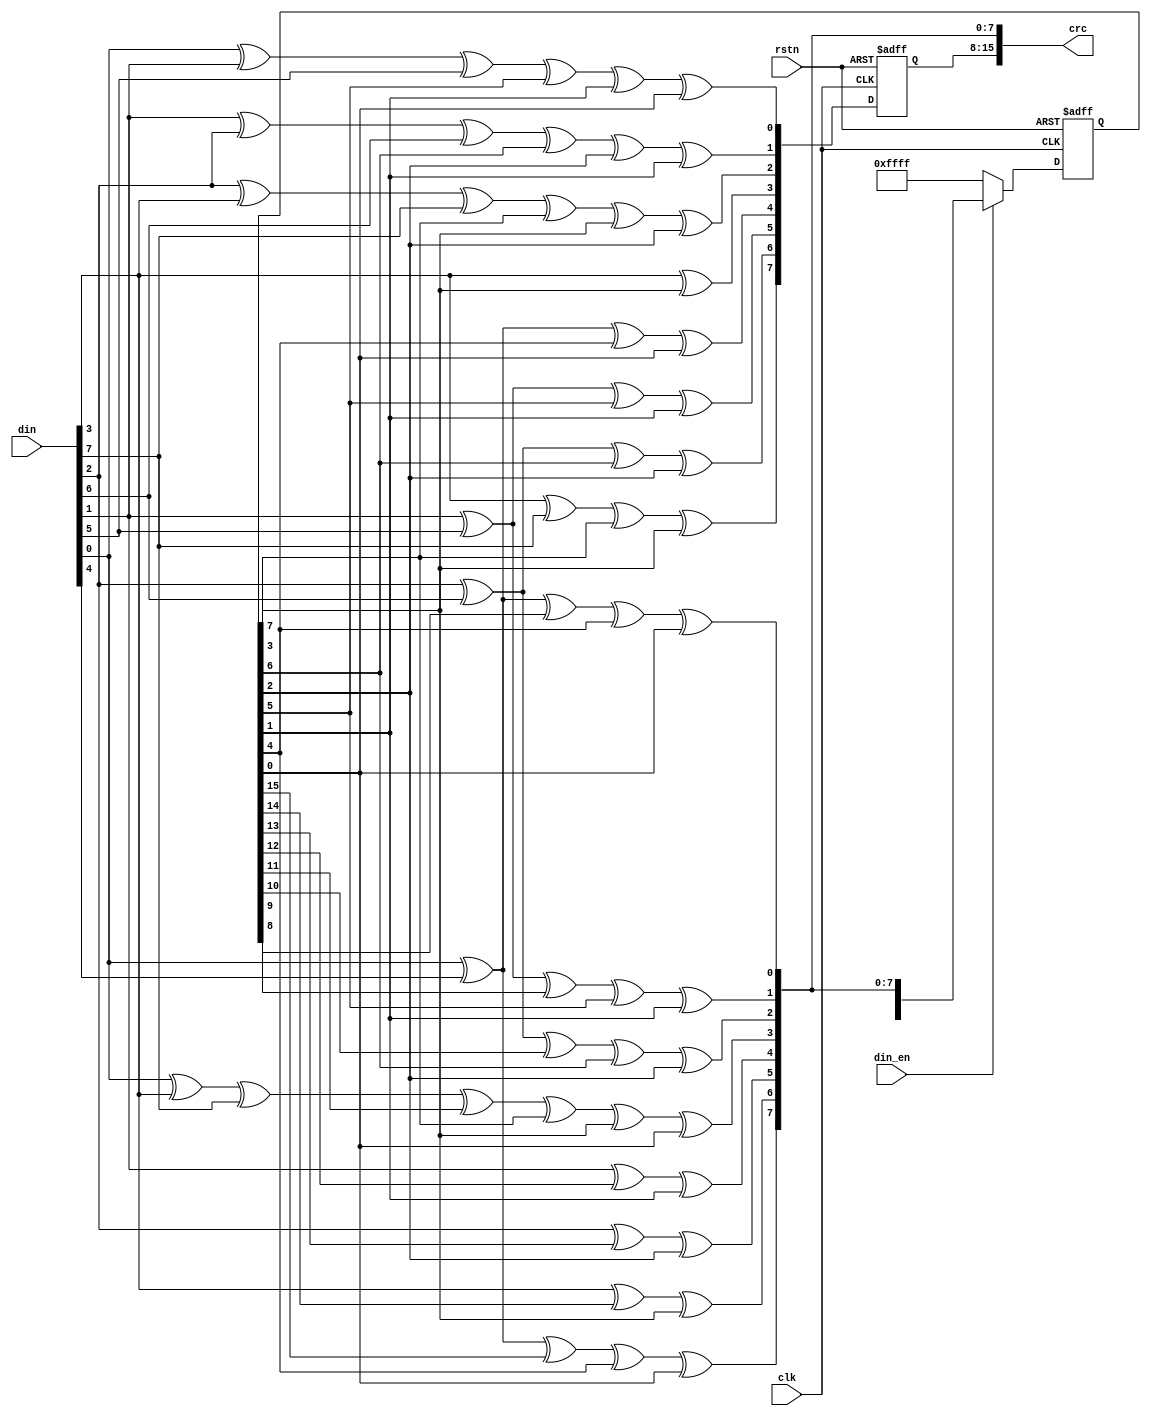
//=============================================================================
// Copyright(c) 2016 Lattice Semiconductor Corporation. All rights reserved. 
//=============================================================================
// Module:         crc16_8b
// Content:        
//                 
// History:
// 2016-06-01:     Harvey Zhao        first edition.
//     
//=============================================================================

`timescale 1ns/100ps



module crc16_8b (
input          clk,
input          rstn,
input   [7:0]  din,
input          din_en,
output  [15:0] crc
);
 
wire [15:0] crc1;
reg  [15:0] next_crc1;
reg  [7:0]  crc2;

assign    crc       = {crc2,crc1[7:0]};
assign    crc1[15]  = din[3] ^ din[7] ^ next_crc1[7] ^ next_crc1[3];                              
assign    crc1[14]  = din[2] ^ din[6] ^ next_crc1[6] ^ next_crc1[2];                              
assign    crc1[13]  = din[1] ^ din[5] ^ next_crc1[5] ^ next_crc1[1];                             
assign    crc1[12]  = din[0] ^ din[4] ^ next_crc1[4] ^ next_crc1[0];                             
assign    crc1[11]  = din[3] ^ next_crc1[3];                                            
assign    crc1[10]  = din[2] ^ din[3] ^ din[7] ^ next_crc1[7] ^ next_crc1[3] ^ next_crc1[2];               
assign    crc1[9]   = din[1] ^ din[2] ^ din[6] ^ next_crc1[6] ^ next_crc1[2] ^ next_crc1[1];               
assign    crc1[8]   = din[0] ^ din[1] ^ din[5] ^ next_crc1[5] ^ next_crc1[1] ^ next_crc1[0];              
assign    crc1[7]   = din[0] ^ din[4] ^ next_crc1[15] ^ next_crc1[4] ^ next_crc1[0];                      
assign    crc1[6]   = din[3] ^ next_crc1[14] ^ next_crc1[3];                                     
assign    crc1[5]   = din[2] ^ next_crc1[13] ^ next_crc1[2];                                     
assign    crc1[4]   = din[1] ^ next_crc1[12] ^ next_crc1[1];                                     
assign    crc1[3]   = din[0] ^ din[3] ^ din[7] ^ next_crc1[11] ^ next_crc1[7] ^ next_crc1[3] ^ next_crc1[0];        
assign    crc1[2]   = din[2] ^ din[6] ^ next_crc1[10] ^ next_crc1[6] ^ next_crc1[2];                       
assign    crc1[1]   = din[1] ^ din[5] ^ next_crc1[9] ^ next_crc1[5] ^ next_crc1[1];                      
assign    crc1[0]   = din[0] ^ din[4] ^ next_crc1[8] ^ next_crc1[4] ^ next_crc1[0];                      

always @ (posedge clk or negedge rstn) begin
   if (!rstn) 
      next_crc1 <= 16'hffff;                                                                                              
   else if (~din_en)
      next_crc1 <= 16'hffff;                                                                                                  
   else
      next_crc1 <= crc1;
end

always @ (posedge clk or negedge rstn) begin
   if (!rstn) 
      crc2 <= 8'h00;                                                                                                                                                                           
   else
      crc2 <= crc1[15:8];
end


endmodule